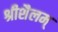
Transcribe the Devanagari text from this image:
श्रीशैलम्